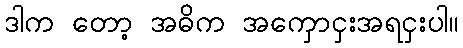
ဒါက တော့ အဓိက အကှောငှးအရငှးပါ။